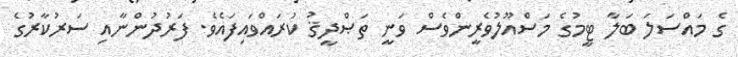
ގެ މައްސަލަ ބަލާ ޓީމުގެ މަސްއޫލުވެރީންވެސް ވަނީ ތަޞްދީޤު ކުރައްވައިފައެވެ. ފަރުދުންނާއި ސަރުކާރުގެ